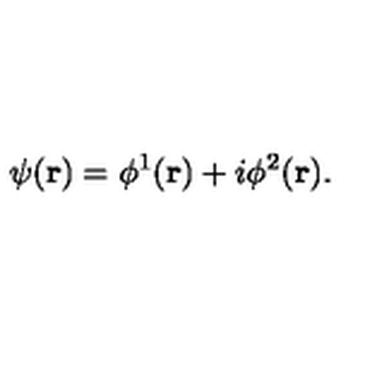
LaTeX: \psi ( { \bf r } ) = \phi ^ { 1 } ( { \bf r } ) + i \phi ^ { 2 } ( { \bf r } ) .